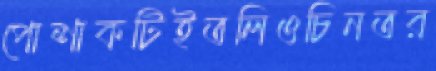
পোশাকটিইতলিওচিনতর